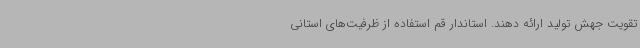
تقویت جهش تولید ارائه دهند. استاندار قم استفاده از ظرفیت‌های استانی